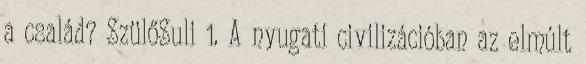
a család? SzülőSuli 1. A nyugati civilizációban az elmúlt